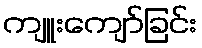
ကျူးကျော်ခြင်း